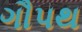
ગૌપથ